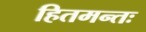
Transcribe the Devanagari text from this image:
हितमन्तः